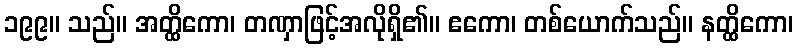
၁၉၉။ သည်။ အတ္ထိကော၊ တဏှာဖြင့်အလိုရှိ၏။ ဧကော၊ တစ်ယောက်သည်။ နတ္ထိကော၊